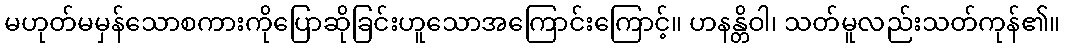
မဟုတ်မမှန်သောစကားကိုပြောဆိုခြင်းဟူသောအကြောင်းကြောင့်။ ဟနန္တိဝါ၊ သတ်မူလည်းသတ်ကုန်၏။